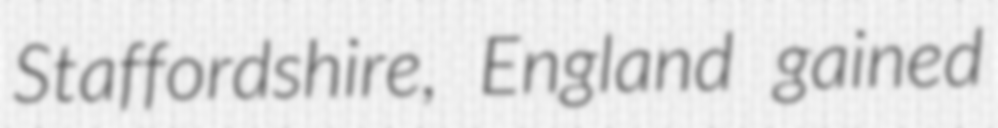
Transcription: Staffordshire, England gained